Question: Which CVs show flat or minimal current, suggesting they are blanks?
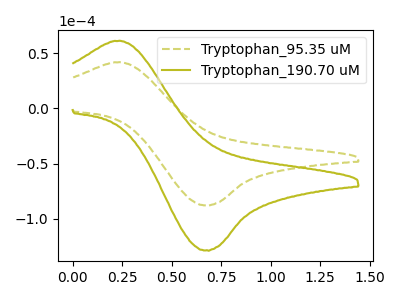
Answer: <think>The olive dashed curve "Tryptophan_95.35 uM" has an anodic peak at (0.25V, 41.65uA) and a cathodic peak at (0.70V, -87.70uA). The olive curve "Tryptophan_190.70 uM" has an anodic peak at (0.25V, 60.95uA) and a cathodic peak at (0.70V, -128.45uA).</think>
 <answer>There are not any CV's on this graph that are likely to be blanks.</answer>
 <eval>none</eval>